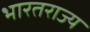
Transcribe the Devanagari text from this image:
भारतराज्य